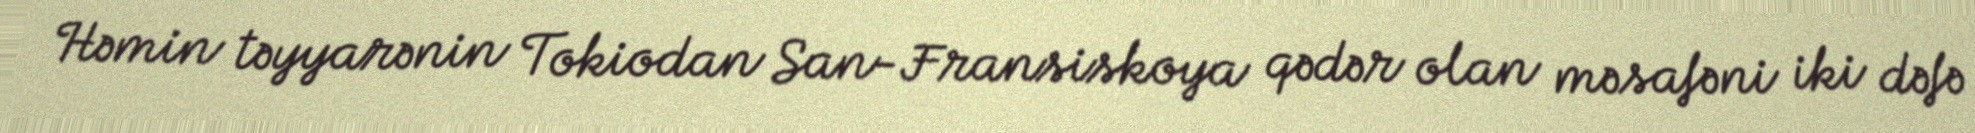
Həmin təyyarənin Tokiodan San-Fransiskoya qədər olan məsafəni iki dəfə